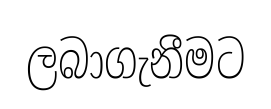
ලබාගැනීමට